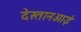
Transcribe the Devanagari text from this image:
देस्तानआई